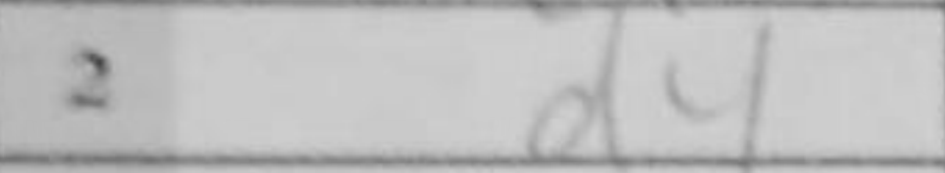
Transcription: d4